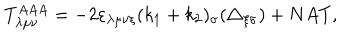
T _ { \lambda \mu \nu } ^ { A A A } = - 2 \varepsilon _ { \lambda \mu \nu \xi } ( k _ { 1 } + k _ { 2 } ) _ { \sigma } ( \triangle _ { \xi \sigma } ) + N A T ,